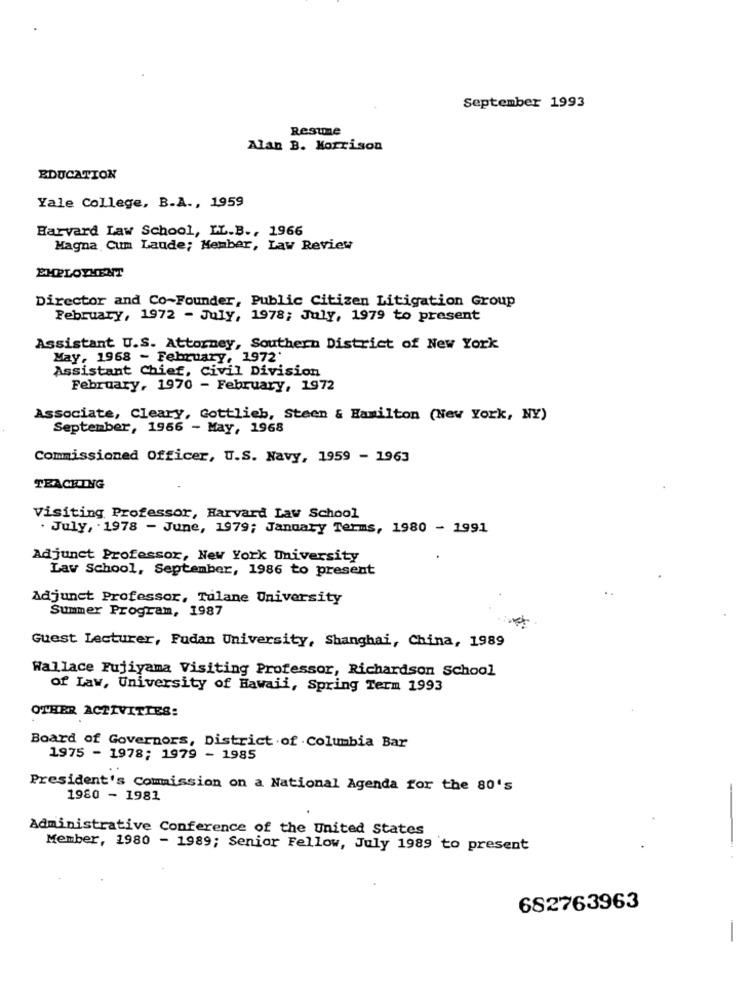
September 1993
Resume
Alan B. Morrison
EDUCATION
Yale College, B.A ., 1959
Harvard Law School, LL.B ., 1966
Magna Cum Laude; Member, Law Review
EMPLOYMENT
Director and Co-Founder, Public Citizen Litigation Group
February, 1972 - July, 1978; July, 1979 to present
Assistant U.S. Attorney, Southern District of New York
May, 1968 - February, 1972'
Assistant Chief, Civil Division
February, 1970 - February, 1972
Associate, Cleary, Gottlieb, Steen & Hamilton (New York, NY)
September, 1966 - May, 1968
Commissioned Officer, U.S. Navy, 1959 - 1963
TEACHING
Visiting Professor, Harvard Law School
. July, 1978 - June, 1979; January Terms, 1980 - 1991
Adjunct Professor, New York University
Law School, September, 1986 to present
Adjunct Professor, Tulane University
Summer Program, 1987
Guest Lecturer, Fudan University, Shanghai, China, 1989
Wallace Fujiyama Visiting Professor, Richardson School
of Law, University of Hawaii, Spring Term 1993
OTHER ACTIVITIES:
Board of Governors, District of Columbia Bar
1975 - 1978; 1979 - 1985
President's Commission on a National Agenda for the 80's
1980 - 1981
Administrative Conference of the United States
Member, 1980 - 1989; Senior Fellow, July 1989 to present
682763963